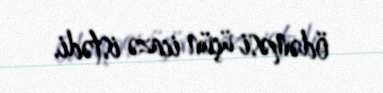
ödəməsi üçün icazə istədi.